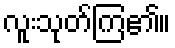
လူးသုတ်ကြ၏။